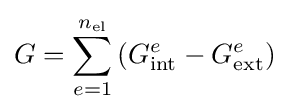
G=\sum _{e=1}^{n_{\mathrm {el} }}\left(G_{\mathrm {int} }^{e}-G_{\mathrm {ext} }^{e}\right)